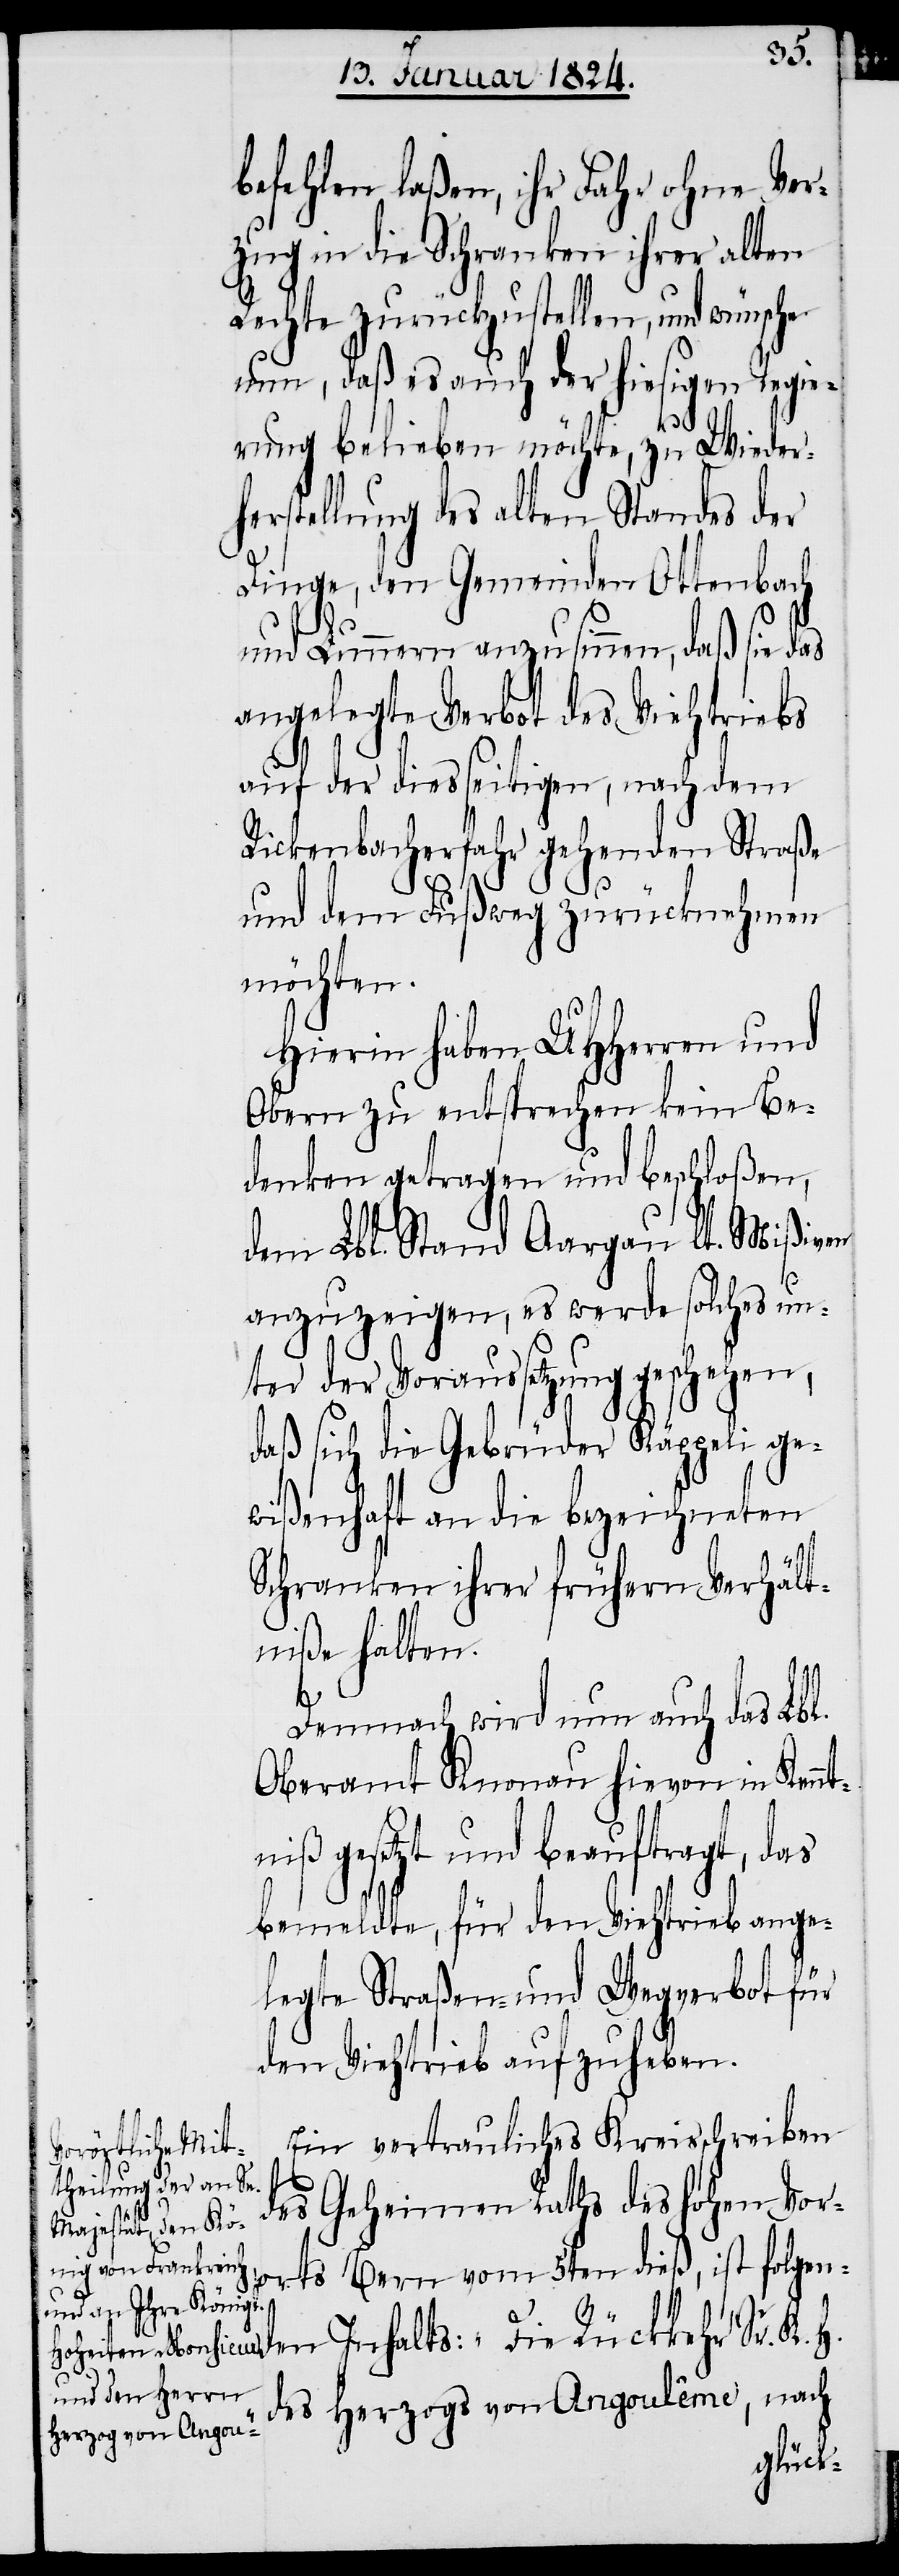
befehlen laßen, ihr Fahr ohne Ver¬
zug in die Schranken ihrer alten
Rechte zurückzustellen, und wünsche
nun, daß es auch der hiesigen Regie¬
rung belieben möchte, zu Wiederh¬
erstellung des alten Standes der
Dinge, den Gemeinden Ottenbach
und Lunnern anzusinnen, daß sie das
angelegte Verbot des Viehtriebs
auf der diesseitigen, nach dem
Rickenbacherfahr gehenden Straße
und dem Fußweg zurückzunehmen
möchten.
Hierin haben UHHerren und
Obern zu entsprechen kein Be¬
denken getragen und beschloßen,
dem Lbl. Stand Aargau lt. Mißiven
anzuzeigen, es werde solches un¬
ter der Voraussetzung geschehen,
daß sich die Gebrüder Käppeli ge¬
wißenhaft an die bezeichneten
Schranken ihrer frühern Verhält¬
niße halten.
Demnach wird nun auch das Lbl.
Oberamt Knonau hievon in Kennt¬
niß gesetzt und beauftragt, das
bemeldte, für den Viehtrieb ange¬
legte Straßen- und Wegverbot für
den Viehtrieb aufzuheben.
Ein vertrauliches Kreisschreiben
des Geheimen Raths des hohen Vor¬
orts Bern vom 5ten dieß, ist folgen¬
den Inhalts: „Die Rückkehr Sr. K. H.
des Herzogs von Angoulême, nach